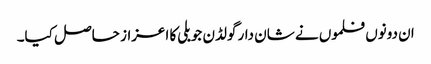
ان دونوں فلموں نے شان دار گولڈن جوبلی کا اعزاز حاصل کیا۔